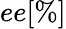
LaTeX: ee[\% ]